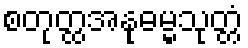
စတုတ္ထအနုဓမ္မသုတ္တံ